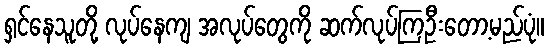
ရှင်နေသူတို့ လုပ်နေကျ အလုပ်တွေကို ဆက်လုပ်ကြဦးတော့မည်ပုံ။